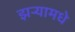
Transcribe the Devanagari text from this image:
झर्‍यामधे